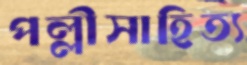
পল্লীসাহিত্য